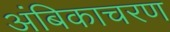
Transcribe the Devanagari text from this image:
अंबिकाचरण